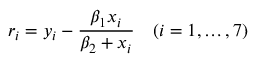
r _ { i } = y _ { i } - { \frac { \beta _ { 1 } x _ { i } } { \beta _ { 2 } + x _ { i } } } \quad ( i = 1 , \dots , 7 )